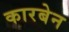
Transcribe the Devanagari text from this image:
कारबेन